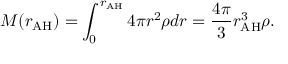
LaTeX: M ( r _ { \mathrm { A H } } ) = \int _ { 0 } ^ { r _ { \mathrm { A H } } } 4 \pi r ^ { 2 } \rho d r = \frac { 4 \pi } { 3 } r _ { \mathrm { A H } } ^ { 3 } \rho .